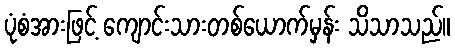
ပုံစံအားဖြင့် ကျောင်းသားတစ်ယောက်မှန်း သိသာသည်။